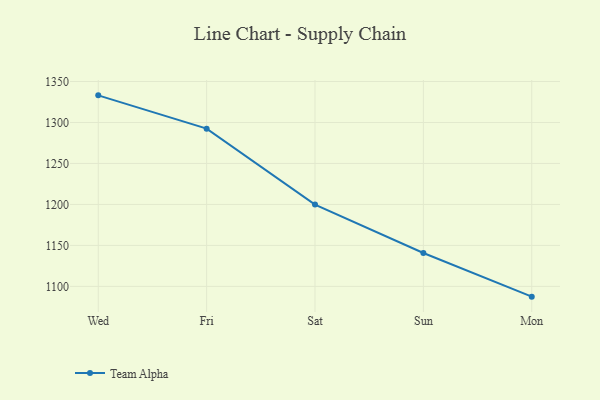
{"axis": {"x": "Day", "y": "Demand Index"}, "legend": ["Team Alpha"], "data": [{"x": "Wed", "y": 1333.1, "type": "Team Alpha"}, {"x": "Fri", "y": 1292.5, "type": "Team Alpha"}, {"x": "Sat", "y": 1199.8, "type": "Team Alpha"}, {"x": "Sun", "y": 1140.8, "type": "Team Alpha"}, {"x": "Mon", "y": 1087.5, "type": "Team Alpha"}]}